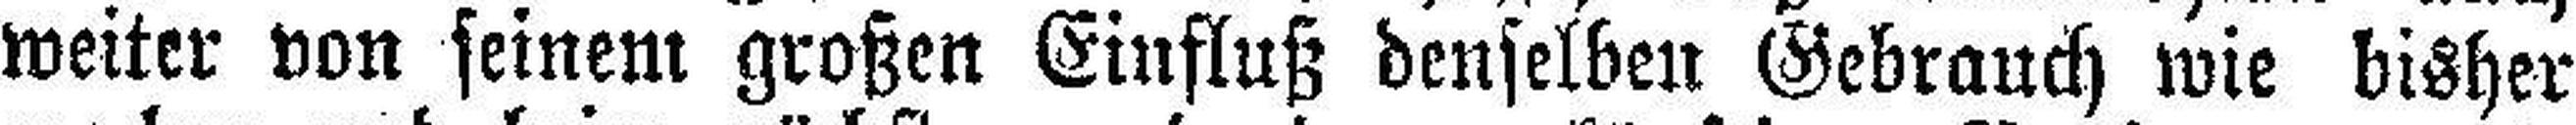
weiter von seinem großen Einfluß denselben Gebrauch wie bisher